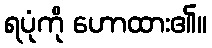
ရပုံကို ဟောထား၏။